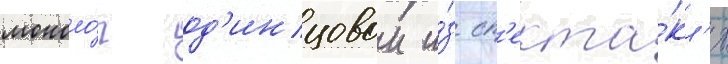
моноло́г од'инцовои и́з сп'екта́кл'я